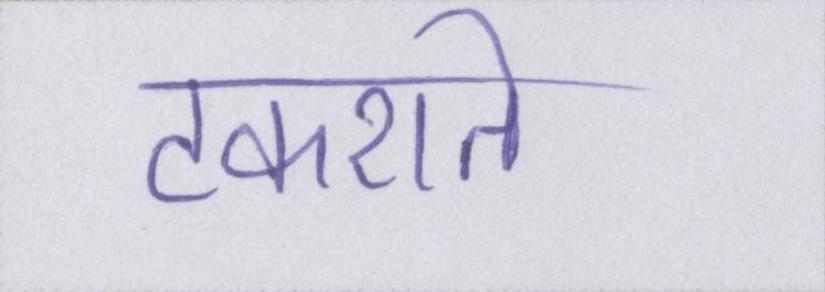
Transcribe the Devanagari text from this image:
टकराते